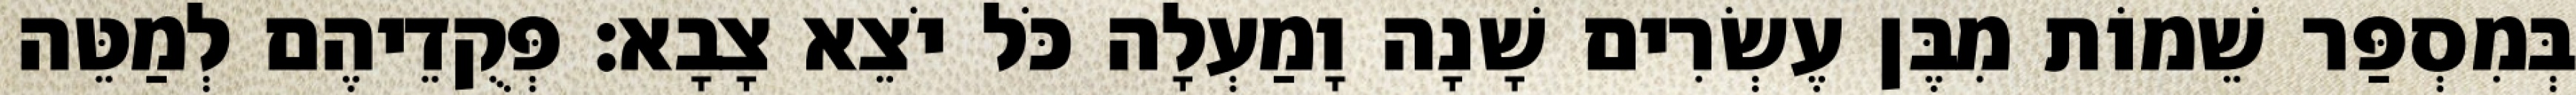
בְּמִסְפַּר שֵׁמוֹת מִבֶּן עֶשְׂרִים שָׁנָה וָמַעְלָה כֹּל יֹצֵא צָבָא׃ פְּקֻדֵיהֶם לְמַטֵּה